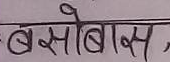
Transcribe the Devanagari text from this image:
बसोबास